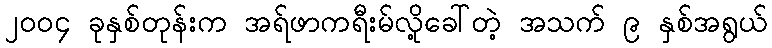
၂၀၀၄ ခုနှစ်တုန်းက အရ်ဖာကရီးမ်လို့ခေါ်တဲ့ အသက် ၉ နှစ်အရွယ်